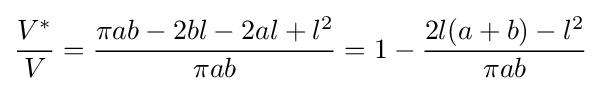
{\frac {V^{*}}{V}}={\frac {\pi ab-2bl-2al+l^{2}}{\pi ab}}=1-{\frac {2l(a+b)-l^{2}}{\pi ab}}